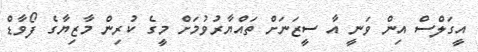
އީގަލްސް އިން ވަނީ އާ ސީޒަނަށް ތައްޔާރުވުމަށް މީގެ ކުރިން މާޒިޔާގެ ފޯވާޑް